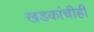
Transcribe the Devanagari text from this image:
खडकांचीही